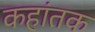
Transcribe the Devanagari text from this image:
कहांतक